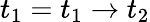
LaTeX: t_{1}=t_{1}\to t_{2}